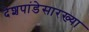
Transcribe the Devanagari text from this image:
देशपांडेसारख्या